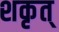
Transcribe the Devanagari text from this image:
शकृत्